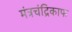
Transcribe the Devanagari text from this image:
मंत्रचंद्रिकाफ